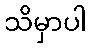
သိမှာပါ